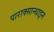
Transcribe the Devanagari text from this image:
पाराक्सान्थाइन